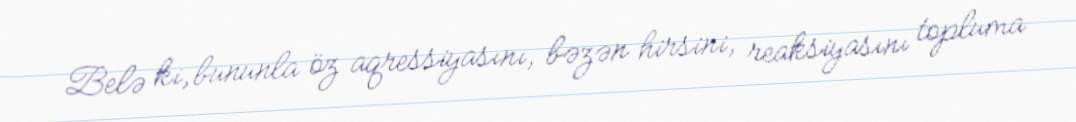
Belə ki, bununla öz aqressiyasını, bəzən hirsini, reaksiyasını topluma